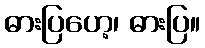
ဓားပြဟေ့၊ ဓားပြ။